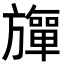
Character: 𬀚